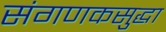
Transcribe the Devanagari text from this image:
संगणकसुद्धा